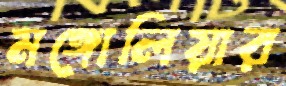
মঙ্গোলিয়ার